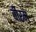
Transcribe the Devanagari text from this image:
वीरम